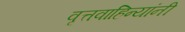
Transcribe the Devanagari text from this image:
वृत्तवाहिन्यांनी